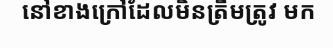
នៅខាងក្រៅដែលមិនត្រឹមត្រូវ មក